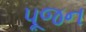
પૂજન